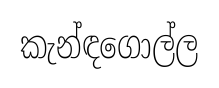
කැන්ඳගොල්ල